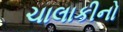
ચાલાકીનો